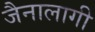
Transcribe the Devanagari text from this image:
जैनालागी